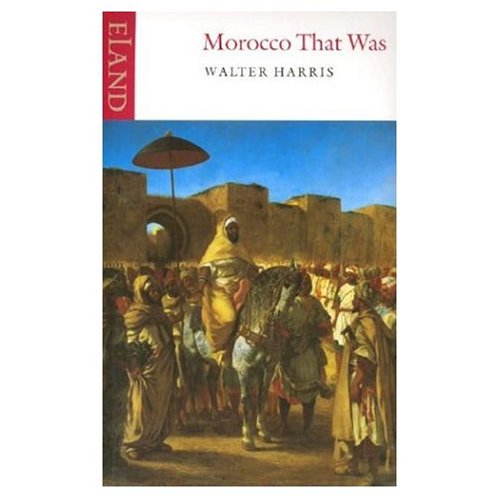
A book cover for Morocco That Was; Walter Harris; Travel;